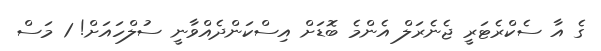
ގެ އާ ސެކްރެޓަރީ ޖެނެރަލް އެންމެ ބޮޑަށް އިސްކަންދެއްވާނީ ސުލްހައަށް! 1 މަސް